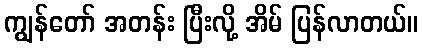
ကျွန်တော် အတန်း ပြီးလို့ အိမ် ပြန်လာတယ်။